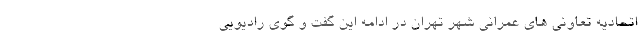
اتحادیه تعاونی های عمرانی شهر تهران در ادامه این گفت و گوی رادیویی